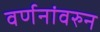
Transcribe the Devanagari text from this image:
वर्णनांवरुन